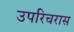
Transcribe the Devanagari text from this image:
उपरिचरास